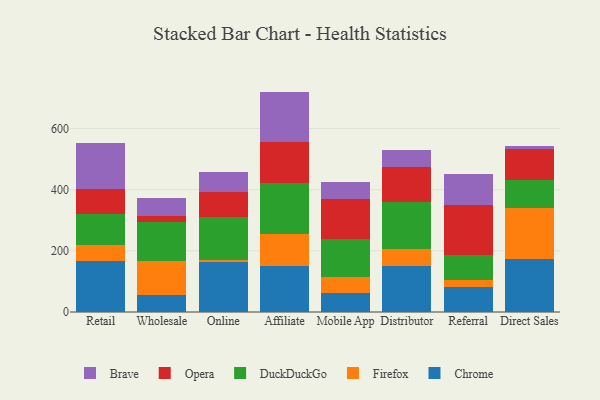
{"axis": {"x": "Channel", "y": "Population (Million)"}, "legend": ["Brave", "Chrome", "DuckDuckGo", "Firefox", "Opera"], "data": [{"x": "Retail", "y": 168.4, "type": "Chrome"}, {"x": "Retail", "y": 52.3, "type": "Firefox"}, {"x": "Retail", "y": 100.4, "type": "DuckDuckGo"}, {"x": "Retail", "y": 79.6, "type": "Opera"}, {"x": "Retail", "y": 153.3, "type": "Brave"}, {"x": "Wholesale", "y": 54.1, "type": "Chrome"}, {"x": "Wholesale", "y": 114.2, "type": "Firefox"}, {"x": "Wholesale", "y": 127.1, "type": "DuckDuckGo"}, {"x": "Wholesale", "y": 19.6, "type": "Opera"}, {"x": "Wholesale", "y": 58.4, "type": "Brave"}, {"x": "Online", "y": 163.4, "type": "Chrome"}, {"x": "Online", "y": 5.4, "type": "Firefox"}, {"x": "Online", "y": 141.4, "type": "DuckDuckGo"}, {"x": "Online", "y": 83.3, "type": "Opera"}, {"x": "Online", "y": 65.5, "type": "Brave"}, {"x": "Affiliate", "y": 149.6, "type": "Chrome"}, {"x": "Affiliate", "y": 105.4, "type": "Firefox"}, {"x": "Affiliate", "y": 167.8, "type": "DuckDuckGo"}, {"x": "Affiliate", "y": 132.0, "type": "Opera"}, {"x": "Affiliate", "y": 166.1, "type": "Brave"}, {"x": "Mobile App", "y": 61.2, "type": "Chrome"}, {"x": "Mobile App", "y": 54.9, "type": "Firefox"}, {"x": "Mobile App", "y": 122.2, "type": "DuckDuckGo"}, {"x": "Mobile App", "y": 130.2, "type": "Opera"}, {"x": "Mobile App", "y": 55.4, "type": "Brave"}, {"x": "Distributor", "y": 151.4, "type": "Chrome"}, {"x": "Distributor", "y": 56.2, "type": "Firefox"}, {"x": "Distributor", "y": 152.7, "type": "DuckDuckGo"}, {"x": "Distributor", "y": 113.9, "type": "Opera"}, {"x": "Distributor", "y": 56.0, "type": "Brave"}, {"x": "Referral", "y": 81.5, "type": "Chrome"}, {"x": "Referral", "y": 24.0, "type": "Firefox"}, {"x": "Referral", "y": 80.7, "type": "DuckDuckGo"}, {"x": "Referral", "y": 162.2, "type": "Opera"}, {"x": "Referral", "y": 104.1, "type": "Brave"}, {"x": "Direct Sales", "y": 173.7, "type": "Chrome"}, {"x": "Direct Sales", "y": 166.3, "type": "Firefox"}, {"x": "Direct Sales", "y": 92.7, "type": "DuckDuckGo"}, {"x": "Direct Sales", "y": 100.0, "type": "Opera"}, {"x": "Direct Sales", "y": 11.2, "type": "Brave"}]}